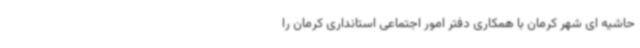
حاشیه ای شهر کرمان با همکاری دفتر امور اجتماعی استانداری کرمان را